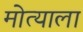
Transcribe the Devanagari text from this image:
मोत्याला